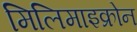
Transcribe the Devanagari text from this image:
मिलिमाइक्रोन